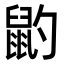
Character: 䶂